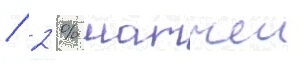
/ 2 % матчеи